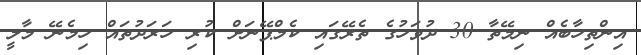
އިންތިހާބެއް ނިމޭތާ 30 ދުވަހުގެ ތެރޭގައި ކެމްޕޭނަށް ކުރި ހަރަދުތައް ހިމެނޭ މާލީ